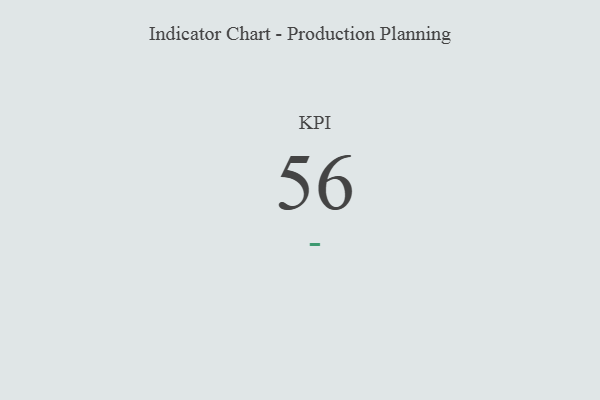
{"axis": {"x": "KPI", "y": "Value"}, "legend": [""], "data": [{"x": "KPI", "y": 56, "type": ""}]}